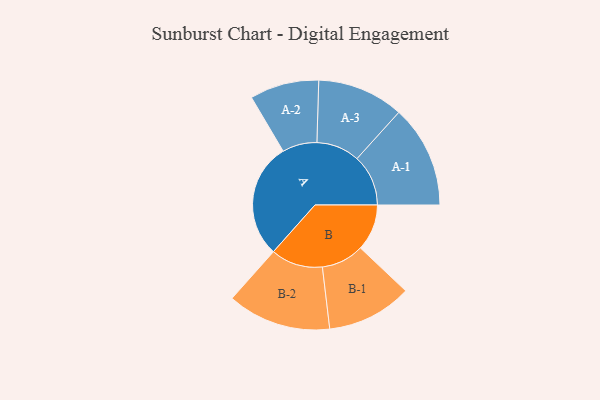
{"axis": {"x": "Segment", "y": "Value"}, "legend": ["", "A", "B"], "data": [{"x": "A", "y": 360, "type": ""}, {"x": "B", "y": 145, "type": ""}, {"x": "A-1", "y": 160, "type": "A"}, {"x": "A-2", "y": 108, "type": "A"}, {"x": "A-3", "y": 135, "type": "A"}, {"x": "B-1", "y": 133, "type": "B"}, {"x": "B-2", "y": 162, "type": "B"}]}